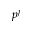
p ^ { j }